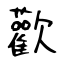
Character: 歡